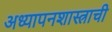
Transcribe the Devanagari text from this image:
अध्यापनशास्त्राची